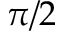
\pi / 2